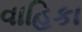
વાહિકા